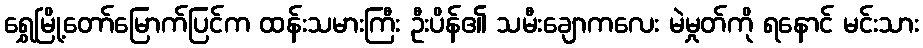
ရွှေမြို့တော်မြောက်ပြင်က ထန်းသမားကြီး ဦးပိန်၏ သမီးချောကလေး မဲမှုတ်ကို ရနောင် မင်းသား